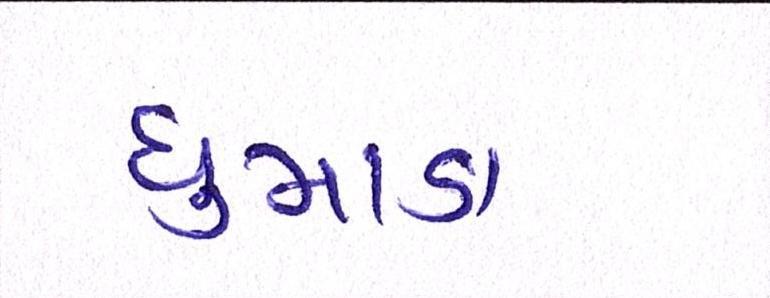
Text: ધુમાડા